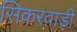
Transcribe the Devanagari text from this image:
सिकरवाड़ी